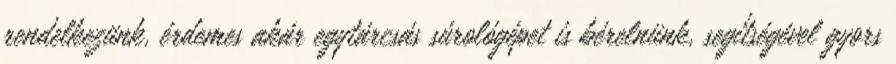
rendelkezünk, érdemes akár egytárcsás súrológépet is bérelnünk, segítségével gyors